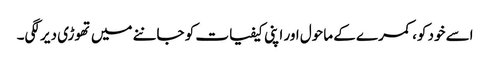
اسے خود کو، کمرے کے ماحول اور اپنی کیفیات کو جاننے میں تھوڑی دیر لگی۔